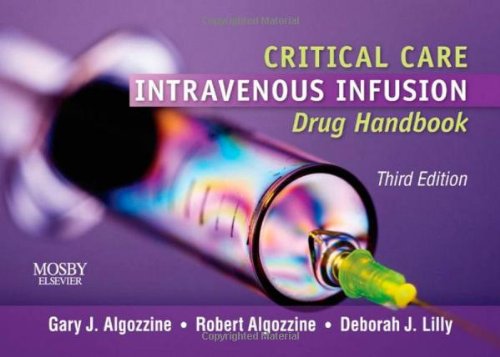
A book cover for Critical Care Intravenous Infusion Drug Handbook, 3e; Gary J. Algozzine PharmD  BCNSP; Medical Books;